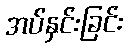
အပ်နှင်းခြင်း